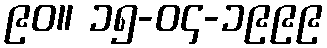
၉၀။ ၁၅-၀၄-၁၉၉၉